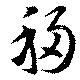
移